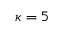
\kappa = 5